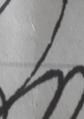
Signature authenticity: forged